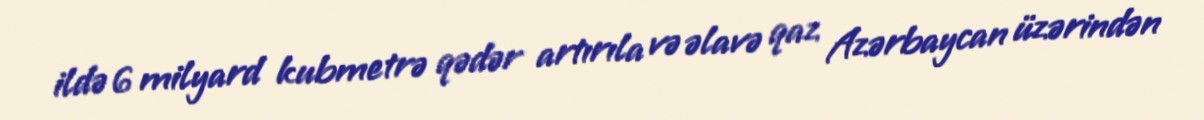
ildə 6 milyard kubmetrə qədər artırıla və əlavə qaz Azərbaycan üzərindən